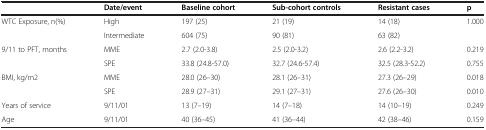
|  | Date/event | Baseline cohort | Sub-cohort controls | Resistant cases | p |
 | --- | --- | --- | --- | --- | --- |
 | WTC Exposure, n(%) | High | 197 (25) | 21 (19) | 14 (18) | 1.000 |
 |  | Intermediate | 604 (75) | 90 (81) | 63 (82) |  |
 | 9/11 to PFT, months | MME | 2.7 (2.0-3.8) | 2.5 (2.0-3.2) | 2.6 (2.2-3.2) | 0.219 |
 |  | SPE | 33.8 (24.8-57.0) | 32.7 (24.6-57.4) | 32.5 (28.3-52.2) | 0.755 |
 | BMI, kg/m2 | MME | 28.0 (26–30) | 28.1 (26–31) | 27.3 (26–29) | 0.018 |
 |  | SPE | 28.9 (27–31) | 29.1 (27–31) | 27.6 (26–30) | 0.010 |
 | Years of service | 9/11/01 | 13 (7–19) | 14 (7–18) | 14 (10–19) | 0.249 |
 | Age | 9/11/01 | 40 (36–45) | 41 (36–44) | 42 (38–46) | 0.159 |